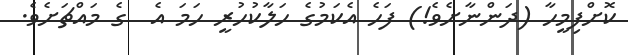
ކޮށްފިމީހާ (ދަންނާށެވެ!) ފަހެ އެކަމުގެ ހަލާކުހުރީ ހަމަ އެ  ގެ މައްޗަށެވެ.